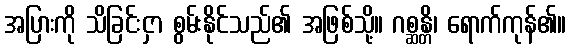
အပြားကို သိခြင်းငှာ စွမ်းနိုင်သည်၏ အဖြစ်သို့။ ဂစ္ဆန္တိ၊ ရောက်ကုန်၏။